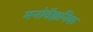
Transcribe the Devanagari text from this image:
मनोवैज्ञनिक